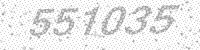
Solution: 551035